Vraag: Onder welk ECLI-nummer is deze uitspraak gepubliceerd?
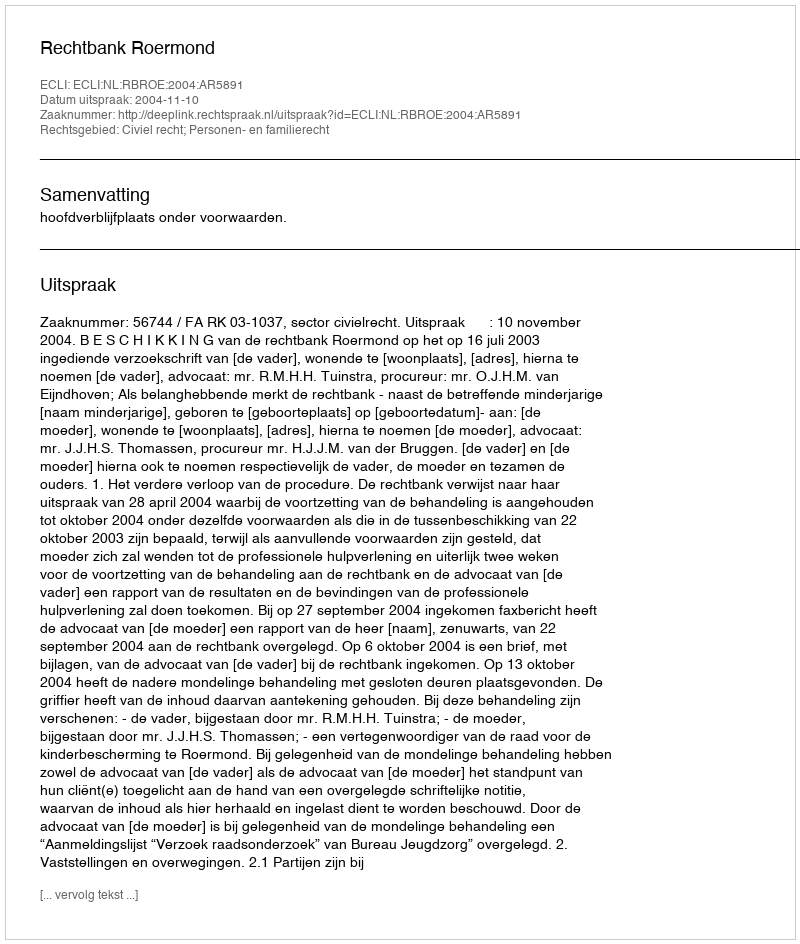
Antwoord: ECLI:NL:RBROE:2004:AR5891